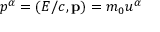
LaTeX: p ^ { \alpha } = ( E / c , \mathbf { p } ) = m _ { 0 } u ^ { \alpha }